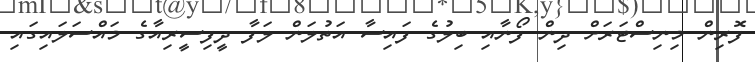
ފޮރިން މިނިސްޓަރަށް ދިން ފޯނާއި ބިލުގެ ފައިސާ އަތުލަން ލަފާ ދީފިސީރިއާގެ މައްސަލައިގައި